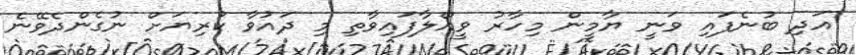
އަދި ބުނެފައި ވަނީ ޔާމީން މިހާރު ވީއްލާފައިވާތި މި ދައުވާ ކުރިޔަށް ނުގެންދެވޭނެ